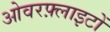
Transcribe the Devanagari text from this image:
ओवरफ़्लाइटों